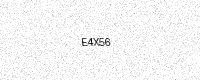
Text: E4X56